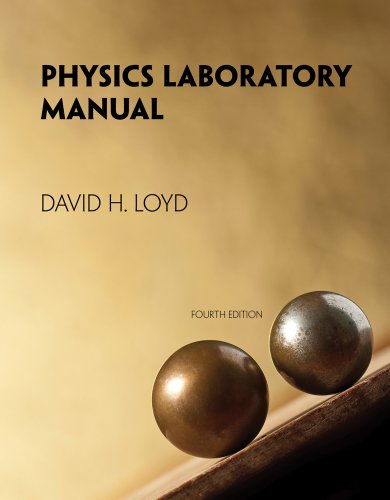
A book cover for Physics Laboratory Manual; David Loyd; Science & Math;